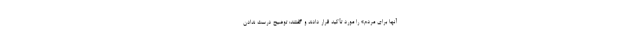
آنها برای مردم» را مورد تأکید قرار دادند و گفتند: توضیح درست ندادن